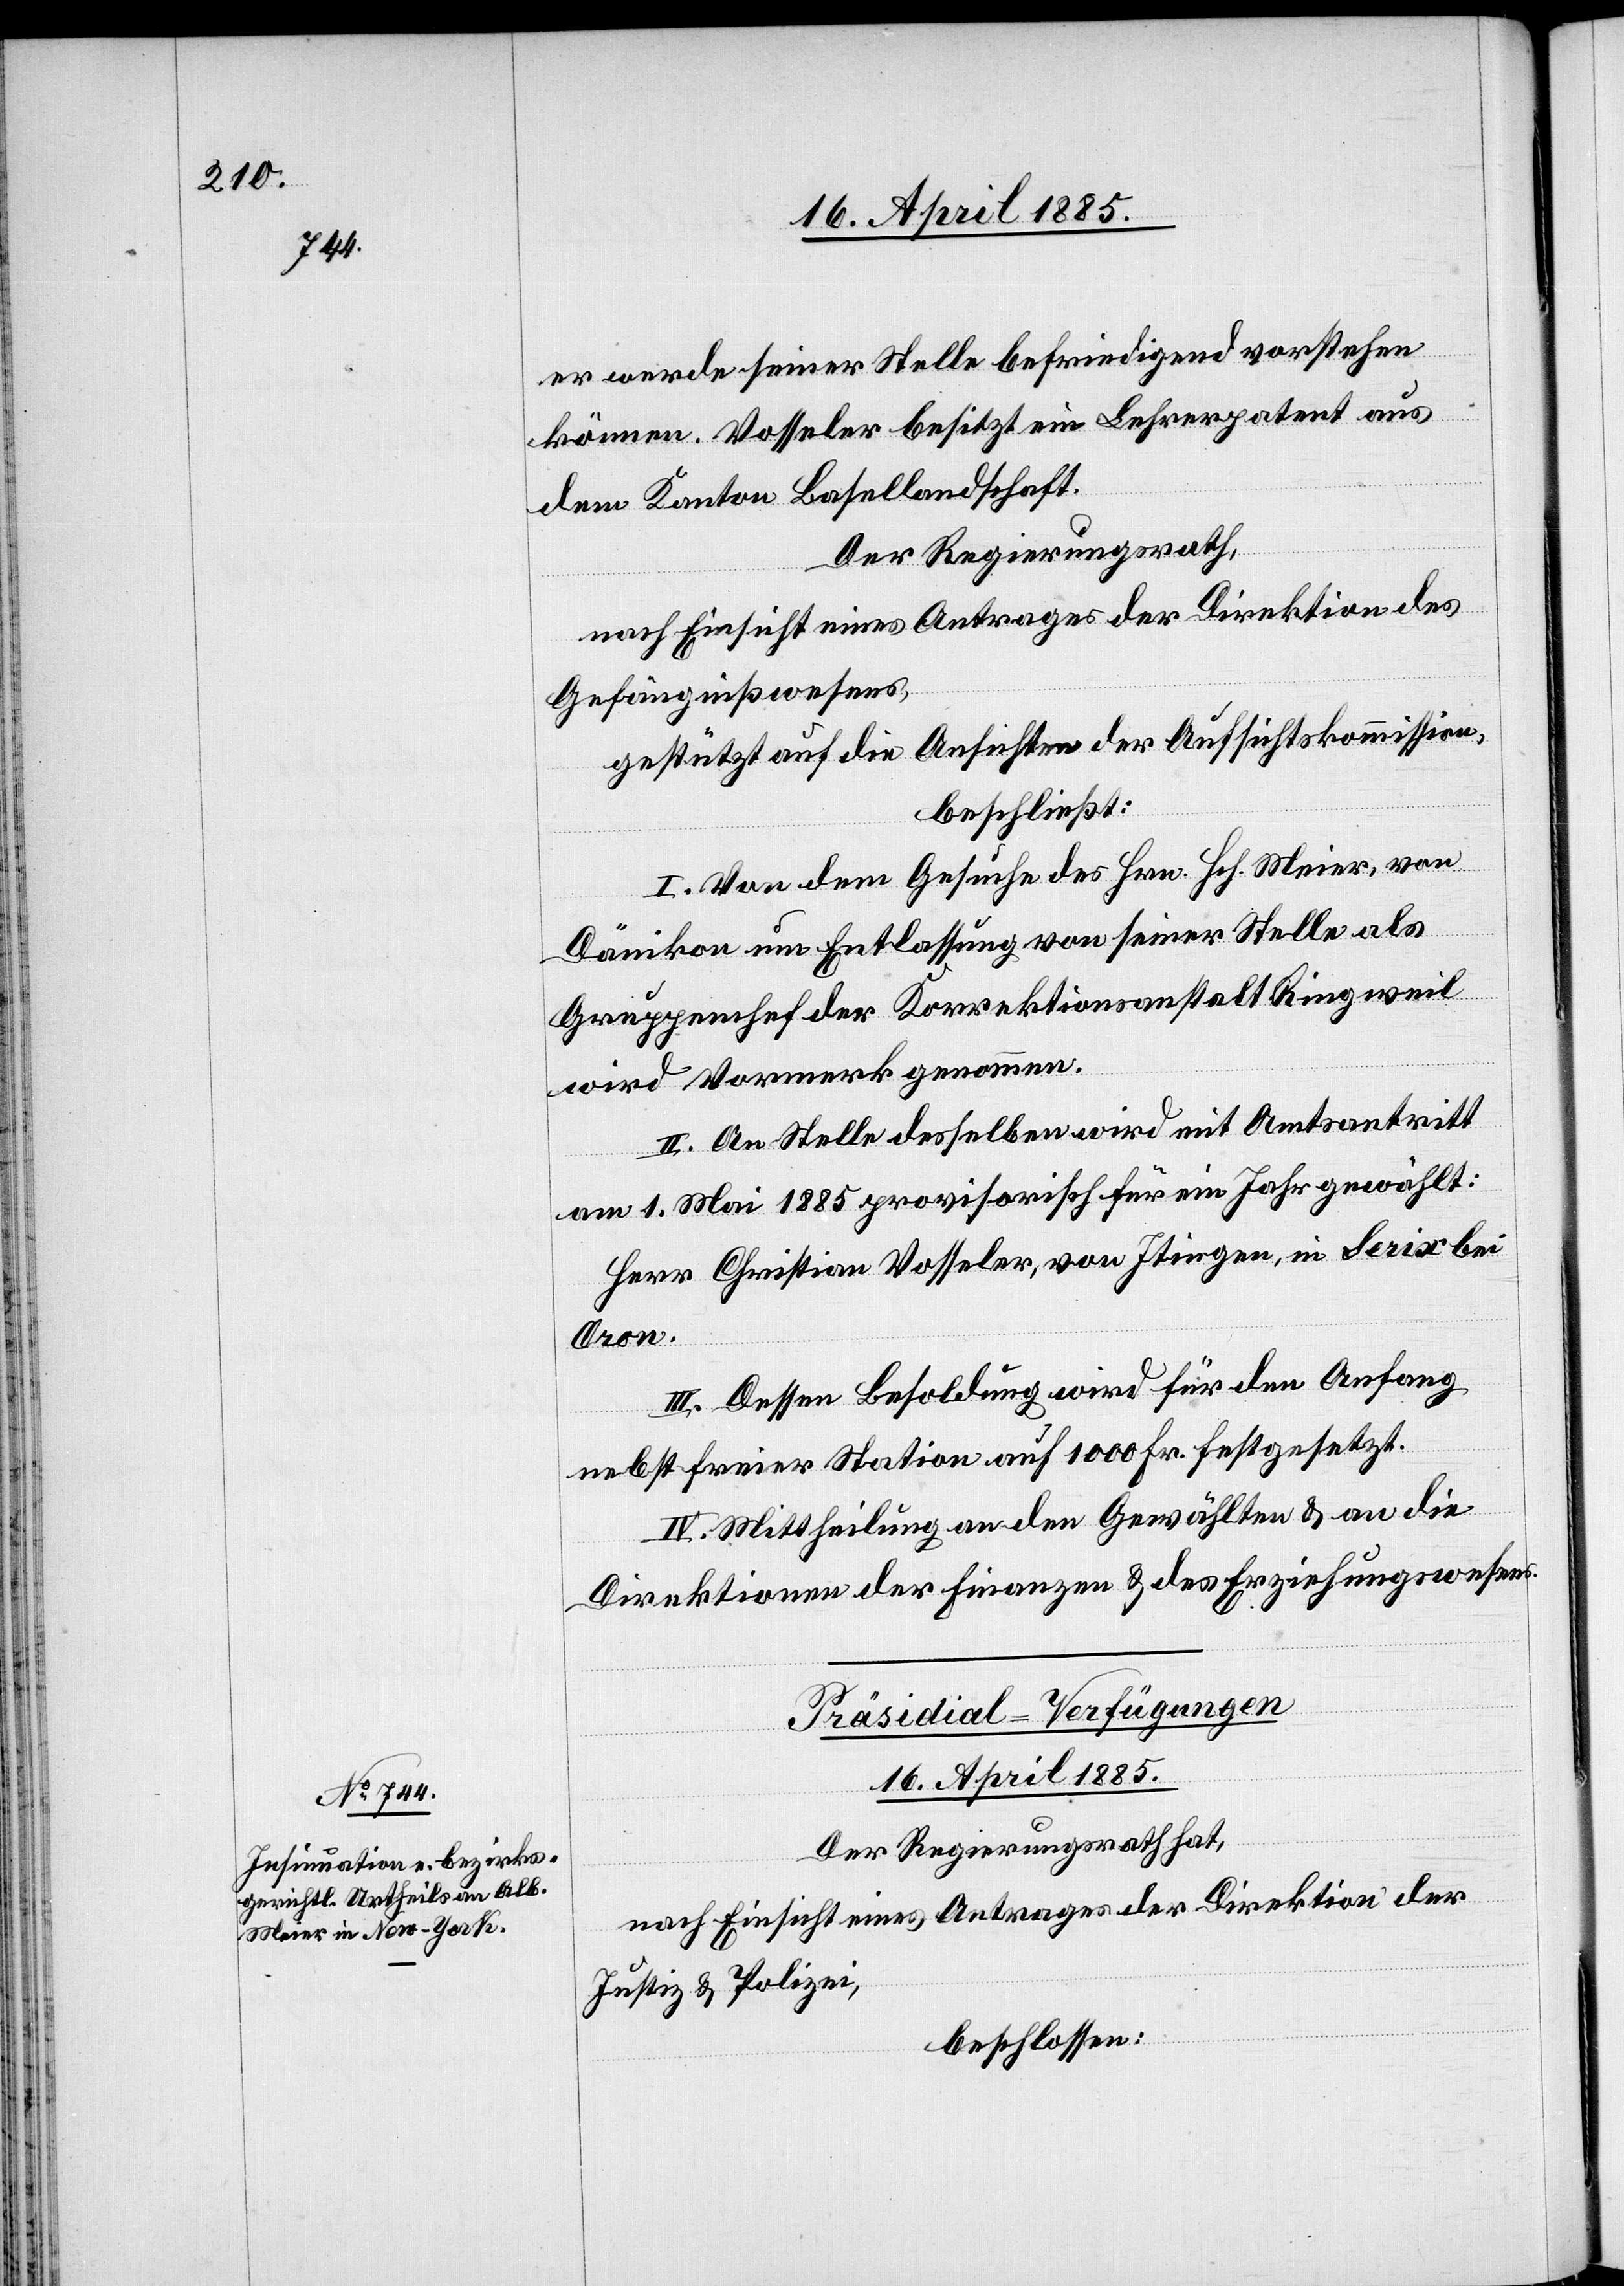
16. April 1885.
er werde seiner Stelle befriedigend vorstehen
können. Vosseler besitzt ein Lehrerpatent aus
dem Kanton Basellandschaft.
Der Regierungsrath,
nach Einsicht eines Antrages der Direktion des
Gefängnißwesens,
gestützt auf die Ansichten der Aufsichtskommission,
beschließt:
I. Von dem Gesuche des Hrn. Hch. Meier, von
Dänikon um Entlassung von seiner Stelle als
Gruppenchef der Korrektionsanstalt Ringweil
wird Vormerk genommen.
II. An Stelle desselben wird mit Amtsantritt
am 1. Mai 1885 provisorisch für ein Jahr gewählt:
Herr Christian Vosseler, von Itingen, in Serix bei
Oron.
III. Dessen Besoldung wird für den Anfang
nebst freier Station auf 1000 Fr. festgesetzt.
IV. Mittheilung an den Gewählten & an die
Direktionen der Finanzen & des Erziehungswesens.
Präsidial-Verfügungen.
Der Regierungsrath hat,
nach Einsicht eines Antrages der Direktion der
Justiz & Polizei,
beschlossen: